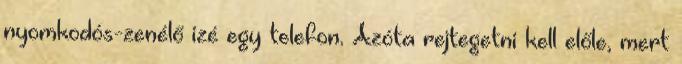
nyomkodós-zenélő izé egy telefon. Azóta rejtegetni kell előle, mert